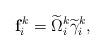
LaTeX: \begin{align*}\mathbf{f}_i^k=\widetilde{\Omega}_i^k \widetilde{\gamma}_i^k,\end{align*}